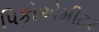
પિકોએમીટર